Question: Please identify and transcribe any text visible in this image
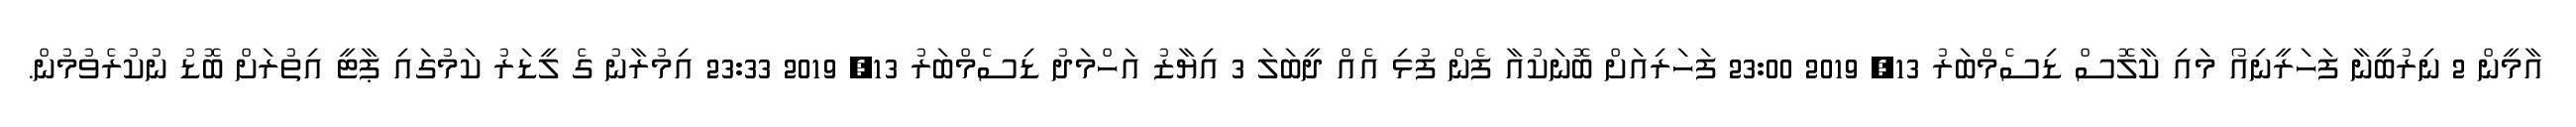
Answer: އާމީން 2 ނިރުބީނާ ފަހަރީނިއޯ މައި ކާލޮސް ޑިސެމްބަރު 13, 2019 23:00 ފަހަރިއަށް ބޮނަކުއާ ފެން ފުޅި އެއް ދީބަލަ 3 އިޔާޒު އަހްމަދު ޑިސެމްބަރު 13, 2019 23:33 އިމުރާނު ގެ ލީޑަރު ކަމުގައި ޕާޓީ އިތުރަށް ބޮޑު ނުކުރެވުމުން.